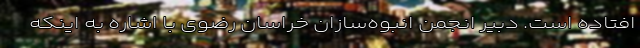
افتاده است. دبیر انجمن انبوه‌سازان خراسان رضوی با اشاره به اینکه